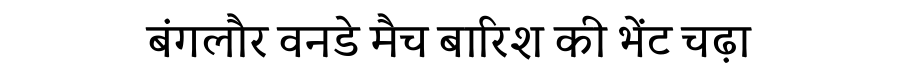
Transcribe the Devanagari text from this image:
बंगलौर वनडे मैच बारिश की भेंट चढ़ा